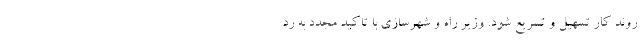
روند کار تسهیل و تسریع شود. وزیر راه و شهرسازی با تاکید مجدد به رد